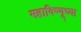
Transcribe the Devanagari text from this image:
महाविष्णूच्या